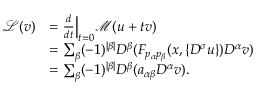
\begin{array} { r l } { \mathcal L ( v ) } & { = \frac { d } { d t } \Big | _ { t = 0 } \mathcal M ( u + t v ) } \\ & { = \sum _ { \beta } ( - 1 ) ^ { | \beta | } D ^ { \beta } ( F _ { p _ { \alpha } p _ { \beta } } ( x , \{ D ^ { \sigma } u \} ) D ^ { \alpha } v ) } \\ & { = \sum _ { \beta } ( - 1 ) ^ { | \beta | } D ^ { \beta } ( a _ { \alpha \beta } D ^ { \alpha } v ) . } \end{array}